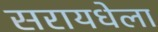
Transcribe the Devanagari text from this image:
सरायधेला